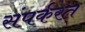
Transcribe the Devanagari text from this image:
संपर्करत